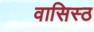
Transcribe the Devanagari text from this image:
वासिस्ठ